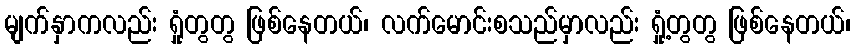
မျက်နှာကလည်း ရှုံတွတွ ဖြစ်နေတယ်၊ လက်မောင်းစသည်မှာလည်း ရှုံ့တွတွ ဖြစ်နေတယ်၊